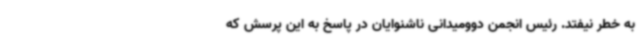
به خطر نیفتد. رئیس انجمن دوومیدانی ناشنوایان در پاسخ به این پرسش که